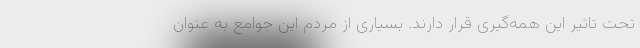
تحت تاثیر این همه‌گیری قرار دارند. بسیاری از مردم این جوامع به عنوان